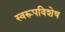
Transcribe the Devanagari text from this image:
स्वरूपविशेष